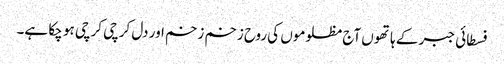
فسطائی جبر کے ہاتھوں آج مظلوموں کی روح زخم زخم اور دل کرچی کرچی ہو چکا ہے۔